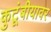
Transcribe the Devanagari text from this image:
कुटूंबीयावर